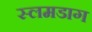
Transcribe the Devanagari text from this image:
स्लमडाग